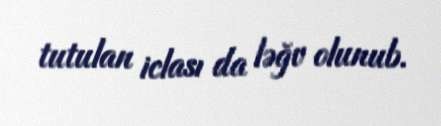
tutulan iclası da ləğv olunub.